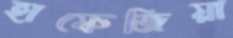
হাফেজিয়া